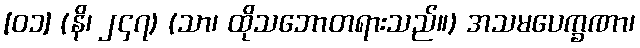
[၀၁] (နိ၊ ၂၄၇) (သာ၊ ထိုသဘောတရားသည်။) အသမပေက္ခဏာ၊